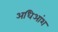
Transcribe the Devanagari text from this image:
अधिआंश